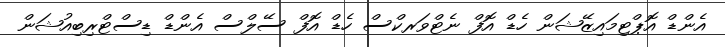
އެންޑް އޮޕްޓިމައިޒޭޝަން ހެޑް އޮފް ނެޓްވަރކްސް ހެޑް އޮފް ސޭލްސް އެންޑް ޑިސްޓްރިބިއުޝަން